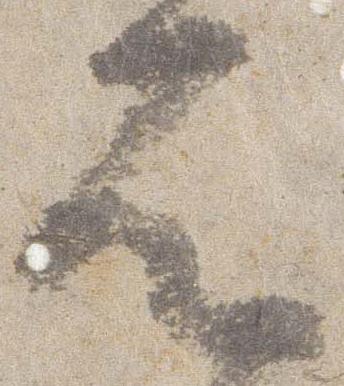
者